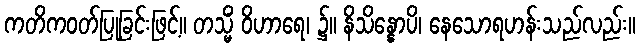
ကတိကဝတ်ပြုခြင်းဖြင့်။ တသ္မိံ ဝိဟာရေ၊ ၌။ နိသိန္နောပိ၊ နေသောရဟန်းသည်လည်း။